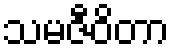
သမဇီဝိတာ